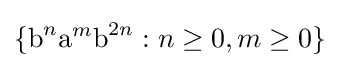
\{{\text{b}}^{n}{\text{a}}^{m}{\text{b}}^{2n}:n\geq 0,m\geq 0\}